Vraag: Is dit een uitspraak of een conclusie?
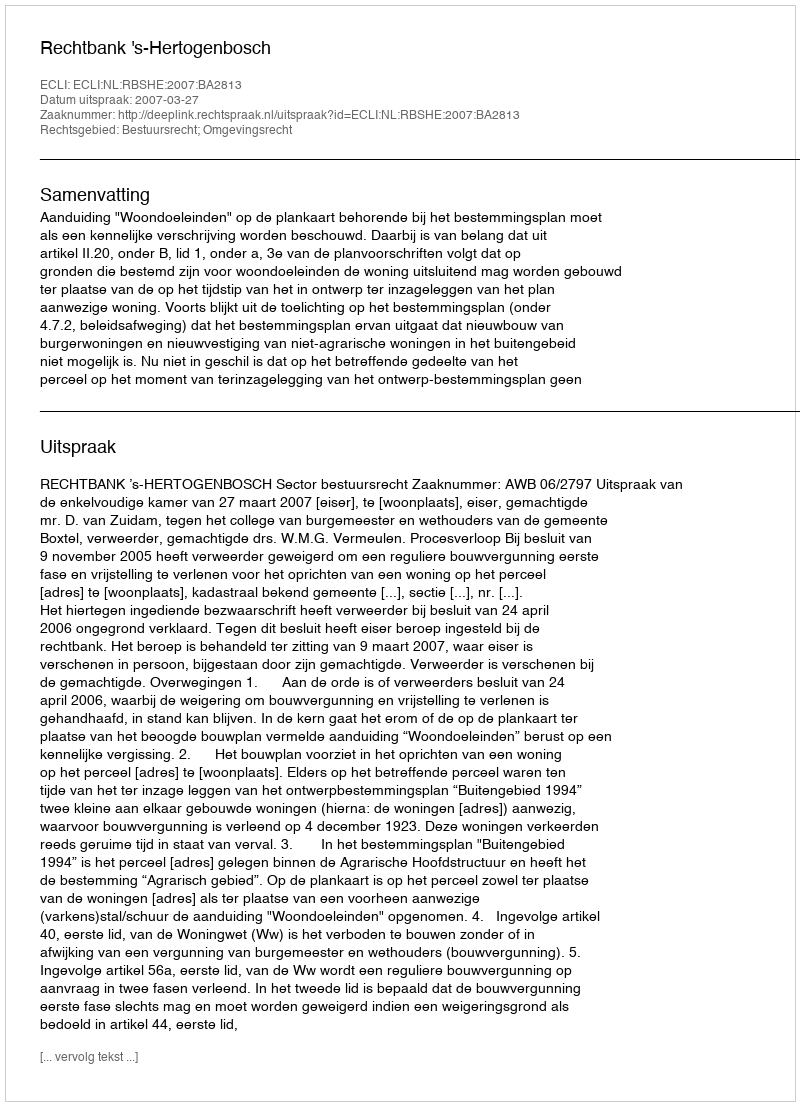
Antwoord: Uitspraak